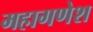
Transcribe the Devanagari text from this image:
महागणेश